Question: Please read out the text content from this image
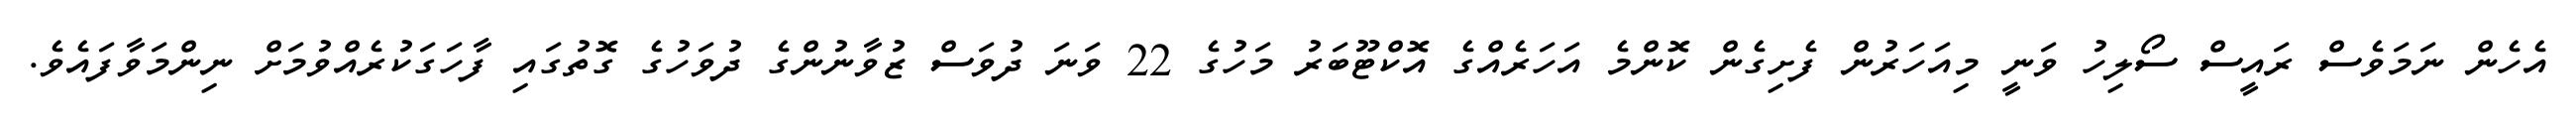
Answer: އެހެން ނަމަވެސް ރައީސް ސޯލިހު ވަނީ މިއަހަރުން ފެށިގެން ކޮންމެ އަހަރެއްގެ އޮކްޓޫބަރު މަހުގެ 22 ވަނަ ދުވަސް ޒުވާނުންގެ ދުވަހުގެ ގޮތުގައި ފާހަގަކުރެއްވުމަށް ނިންމަވާފައެވެ.